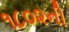
૧૮૦૨ની